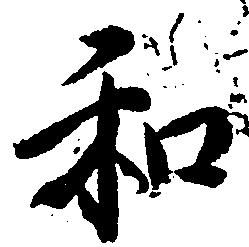
和